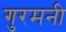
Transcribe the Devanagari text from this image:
गुरमनी